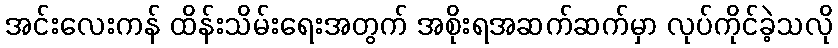
အင်းလေးကန် ထိန်းသိမ်းရေးအတွက် အစိုးရအဆက်ဆက်မှာ လုပ်ကိုင်ခဲ့သလို